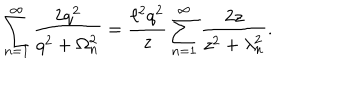
\sum _ { n = 1 } ^ { \infty } \frac { 2 q ^ { 2 } } { q ^ { 2 } + \Omega _ { n } ^ { 2 } } = \frac { \ell ^ { 2 } q ^ { 2 } } { z } \sum _ { n = 1 } ^ { \infty } \frac { 2 z } { z ^ { 2 } + \lambda _ { n } ^ { 2 } } .